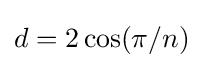
d=2\cos(\pi /n)